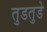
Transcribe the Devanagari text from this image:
तुडतुडे